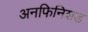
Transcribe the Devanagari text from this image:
अनफिनिशड